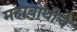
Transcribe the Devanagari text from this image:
महाबोधीचे